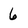
Character: 6